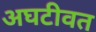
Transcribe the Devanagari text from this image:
अघटीवत